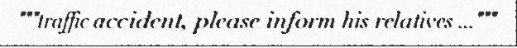
"""traffic accident, please inform his relatives ..."""